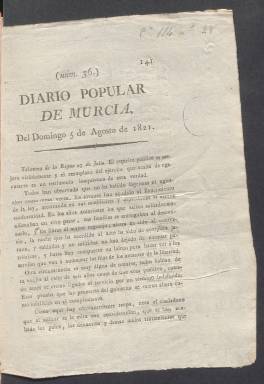
Título: Diario popular de Murcia
Colección: Periódicos anteriores a 1850
Ámbito geográfico: Murcia
Lugar de publicación: Murcia
Fechas: 05/08/1821-12/09/1821